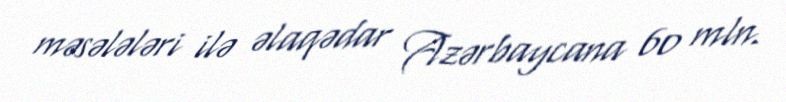
məsələləri ilə əlaqədar Azərbaycana 60 mln.